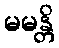
မမန္တိ